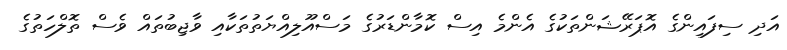
އަދި ސިފައިންގެ އޮޕަރޭޝަންތަކުގެ އެންމެ އިސް ކޮމާންޑަރުގެ މަސްއޫލިއްޔަތުތަކާއި ވާޖިބުތައް ވެސް ތޮލްހަތުގެ